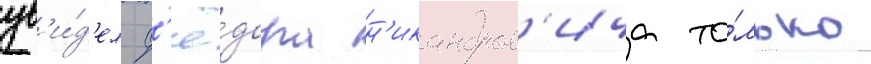
ув'и́д'ел ф'ё́дора н'икандров'ича то́лько